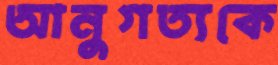
আনুগত্যকে